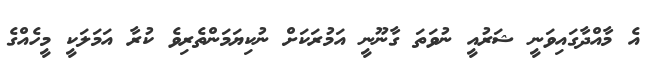
އެ މާއްދާގައިވަނީ ޝަރުއީ ނުވަތަ ގާނޫނީ އަމުރަކަށް ނުކިޔަމަންތެރިވެ ކުރާ އަމަލަކީ މީހެއްގެ